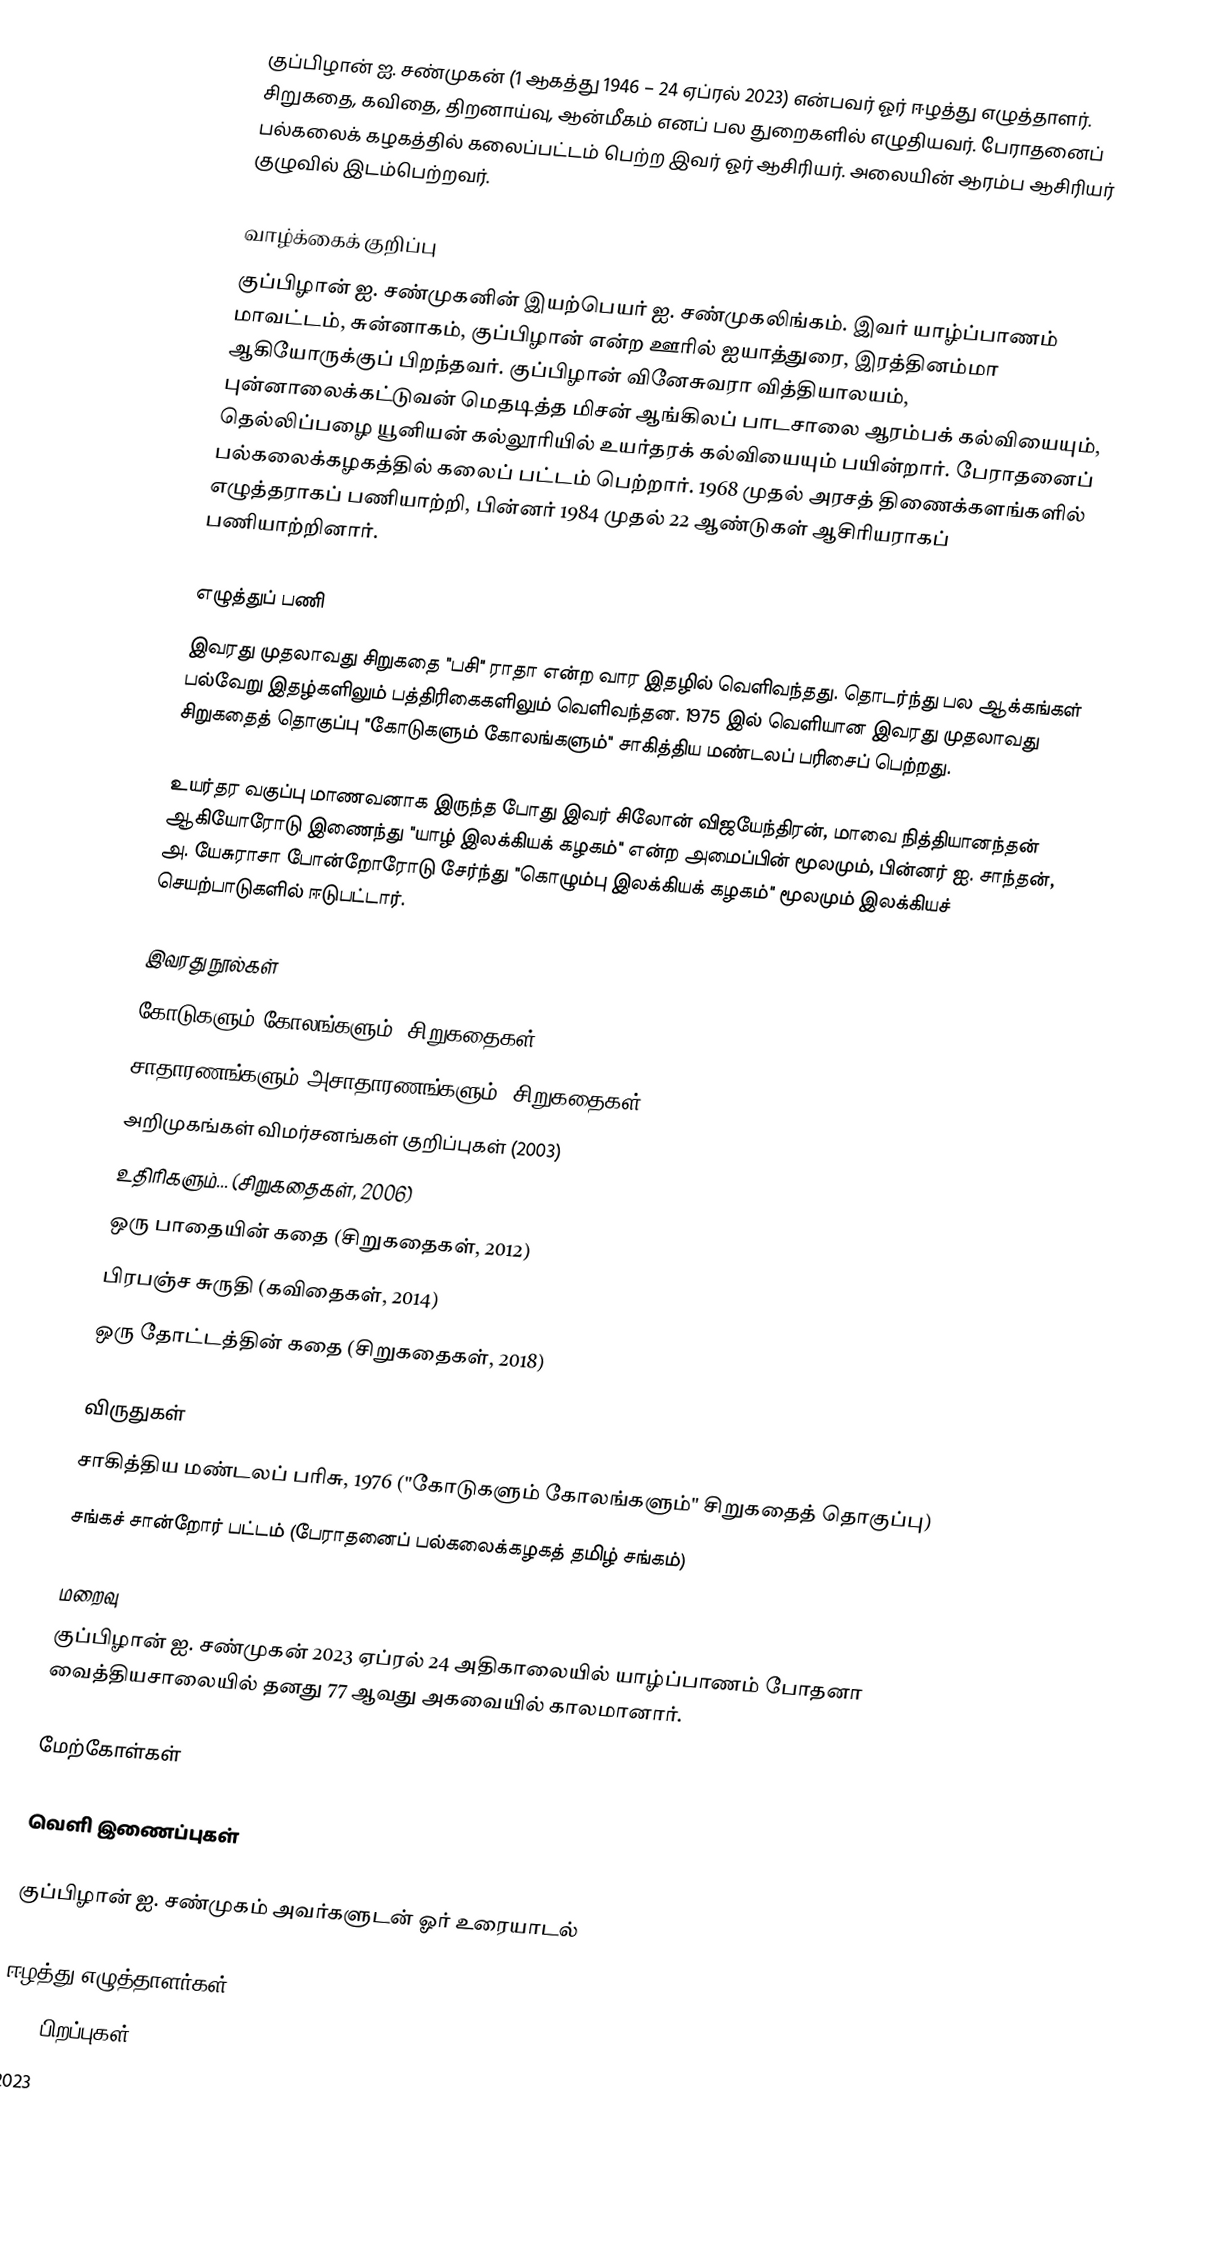
குப்பிழான் ஐ. சண்முகன் (1 ஆகத்து 1946 – 24 ஏப்ரல் 2023) என்பவர் ஓர் ஈழத்து எழுத்தாளர். சிறுகதை, கவிதை, திறனாய்வு, ஆன்மீகம் எனப் பல துறைகளில் எழுதியவர். பேராதனைப் பல்கலைக் கழகத்தில் கலைப்பட்டம் பெற்ற இவர் ஓர் ஆசிரியர். அலையின் ஆரம்ப ஆசிரியர் குழுவில் இடம்பெற்றவர்.

வாழ்க்கைக் குறிப்பு
குப்பிழான் ஐ. சண்முகனின் இயற்பெயர் ஐ. சண்முகலிங்கம். இவர் யாழ்ப்பாணம் மாவட்டம், சுன்னாகம், குப்பிழான் என்ற ஊரில் ஐயாத்துரை, இரத்தினம்மா ஆகியோருக்குப் பிறந்தவர். குப்பிழான் வினேசுவரா வித்தியாலயம், புன்னாலைக்கட்டுவன் மெதடித்த மிசன் ஆங்கிலப் பாடசாலை ஆரம்பக் கல்வியையும், தெல்லிப்பழை யூனியன் கல்லூரியில் உயர்தரக் கல்வியையும் பயின்றார். பேராதனைப் பல்கலைக்கழகத்தில் கலைப் பட்டம் பெற்றார். 1968 முதல் அரசத் திணைக்களங்களில் எழுத்தராகப் பணியாற்றி, பின்னர் 1984 முதல் 22 ஆண்டுகள் ஆசிரியராகப் பணியாற்றினார்.

எழுத்துப் பணி
இவரது முதலாவது சிறுகதை "பசி" ராதா என்ற வார இதழில் வெளிவந்தது. தொடர்ந்து பல ஆக்கங்கள் பல்வேறு இதழ்களிலும் பத்திரிகைகளிலும் வெளிவந்தன. 1975 இல் வெளியான இவரது முதலாவது சிறுகதைத் தொகுப்பு "கோடுகளும் கோலங்களும்" சாகித்திய மண்டலப் பரிசைப் பெற்றது.

உயர்தர வகுப்பு மாணவனாக இருந்த போது இவர் சிலோன் விஜயேந்திரன், மாவை நித்தியானந்தன் ஆகியோரோடு இணைந்து "யாழ் இலக்கியக் கழகம்" என்ற அமைப்பின் மூலமும், பின்னர் ஐ. சாந்தன், அ. யேசுராசா போன்றோரோடு சேர்ந்து "கொழும்பு இலக்கியக் கழகம்" மூலமும் இலக்கியச் செயற்பாடுகளில் ஈடுபட்டார்.

இவரது நூல்கள்
 கோடுகளும் கோலங்களும் (சிறுகதைகள் - 1976)
 சாதாரணங்களும் அசாதாரணங்களும் (சிறுகதைகள் - 1983)
 அறிமுகங்கள் விமர்சனங்கள் குறிப்புகள் (2003)
 உதிரிகளும்... (சிறுகதைகள், 2006)
 ஒரு பாதையின் கதை (சிறுகதைகள், 2012)
 பிரபஞ்ச சுருதி (கவிதைகள், 2014)
 ஒரு தோட்டத்தின் கதை (சிறுகதைகள், 2018)

விருதுகள்
 சாகித்திய மண்டலப் பரிசு, 1976 ("கோடுகளும் கோலங்களும்" சிறுகதைத் தொகுப்பு)
 சங்கச் சான்றோர் பட்டம் (பேராதனைப் பல்கலைக்கழகத் தமிழ் சங்கம்)

மறைவு
குப்பிழான் ஐ. சண்முகன் 2023 ஏப்ரல் 24 அதிகாலையில் யாழ்ப்பாணம் போதனா வைத்தியசாலையில் தனது 77 ஆவது அகவையில் காலமானார்.

மேற்கோள்கள்

வெளி இணைப்புகள்

குப்பிழான் ஐ. சண்முகம் அவர்களுடன் ஓர் உரையாடல்

ஈழத்து எழுத்தாளர்கள்
1946 பிறப்புகள்
2023